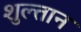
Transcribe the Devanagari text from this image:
शुल्तान